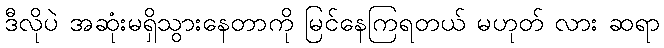
ဒီလိုပဲ အဆုံးမရှိသွားနေတာကို မြင်နေကြရတယ် မဟုတ် လား ဆရာ